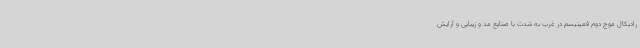
رادیکال موج دوم فمینیسم در غرب به شدت با صنایع مد و زیبایی و آرایش